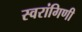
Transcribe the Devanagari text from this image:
स्वरांगिणी